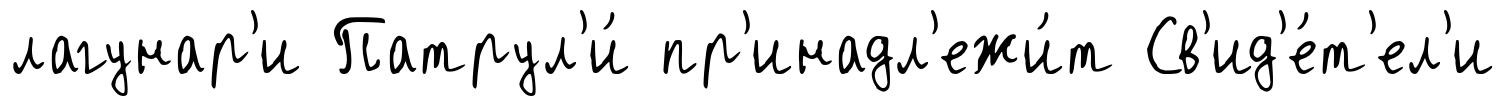
лагунар'и Патрул'и́ пр'инадл'ежи́т Св'ид'е́т'ел'и